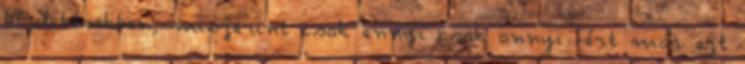
hírdetésekben, miszerint csak ennyi csak annyi -ért már ezt